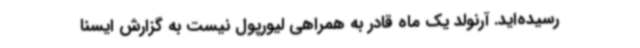
رسیده‌اید. آرنولد یک ماه قادر به همراهی لیورپول نیست به گزارش ایسنا